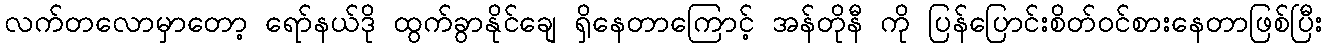
လက်တလောမှာတော့ ရော်နယ်ဒို ထွက်ခွာနိုင်ချေ ရှိနေတာကြောင့် အန်တိုနီ ကို ပြန်ပြောင်းစိတ်ဝင်စားနေတာဖြစ်ပြီး